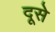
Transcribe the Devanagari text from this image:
दूसे